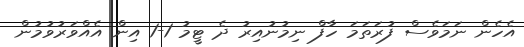
އެހެން ނަމަވެސް ފުރަތަމަ ހާފް ނިމުނުއިރު ދެ ޓީމު 1-1 އިން އެއްވަރުވުމުން